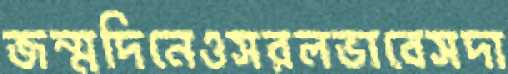
জন্মদিনেওসরলভাবেসদা